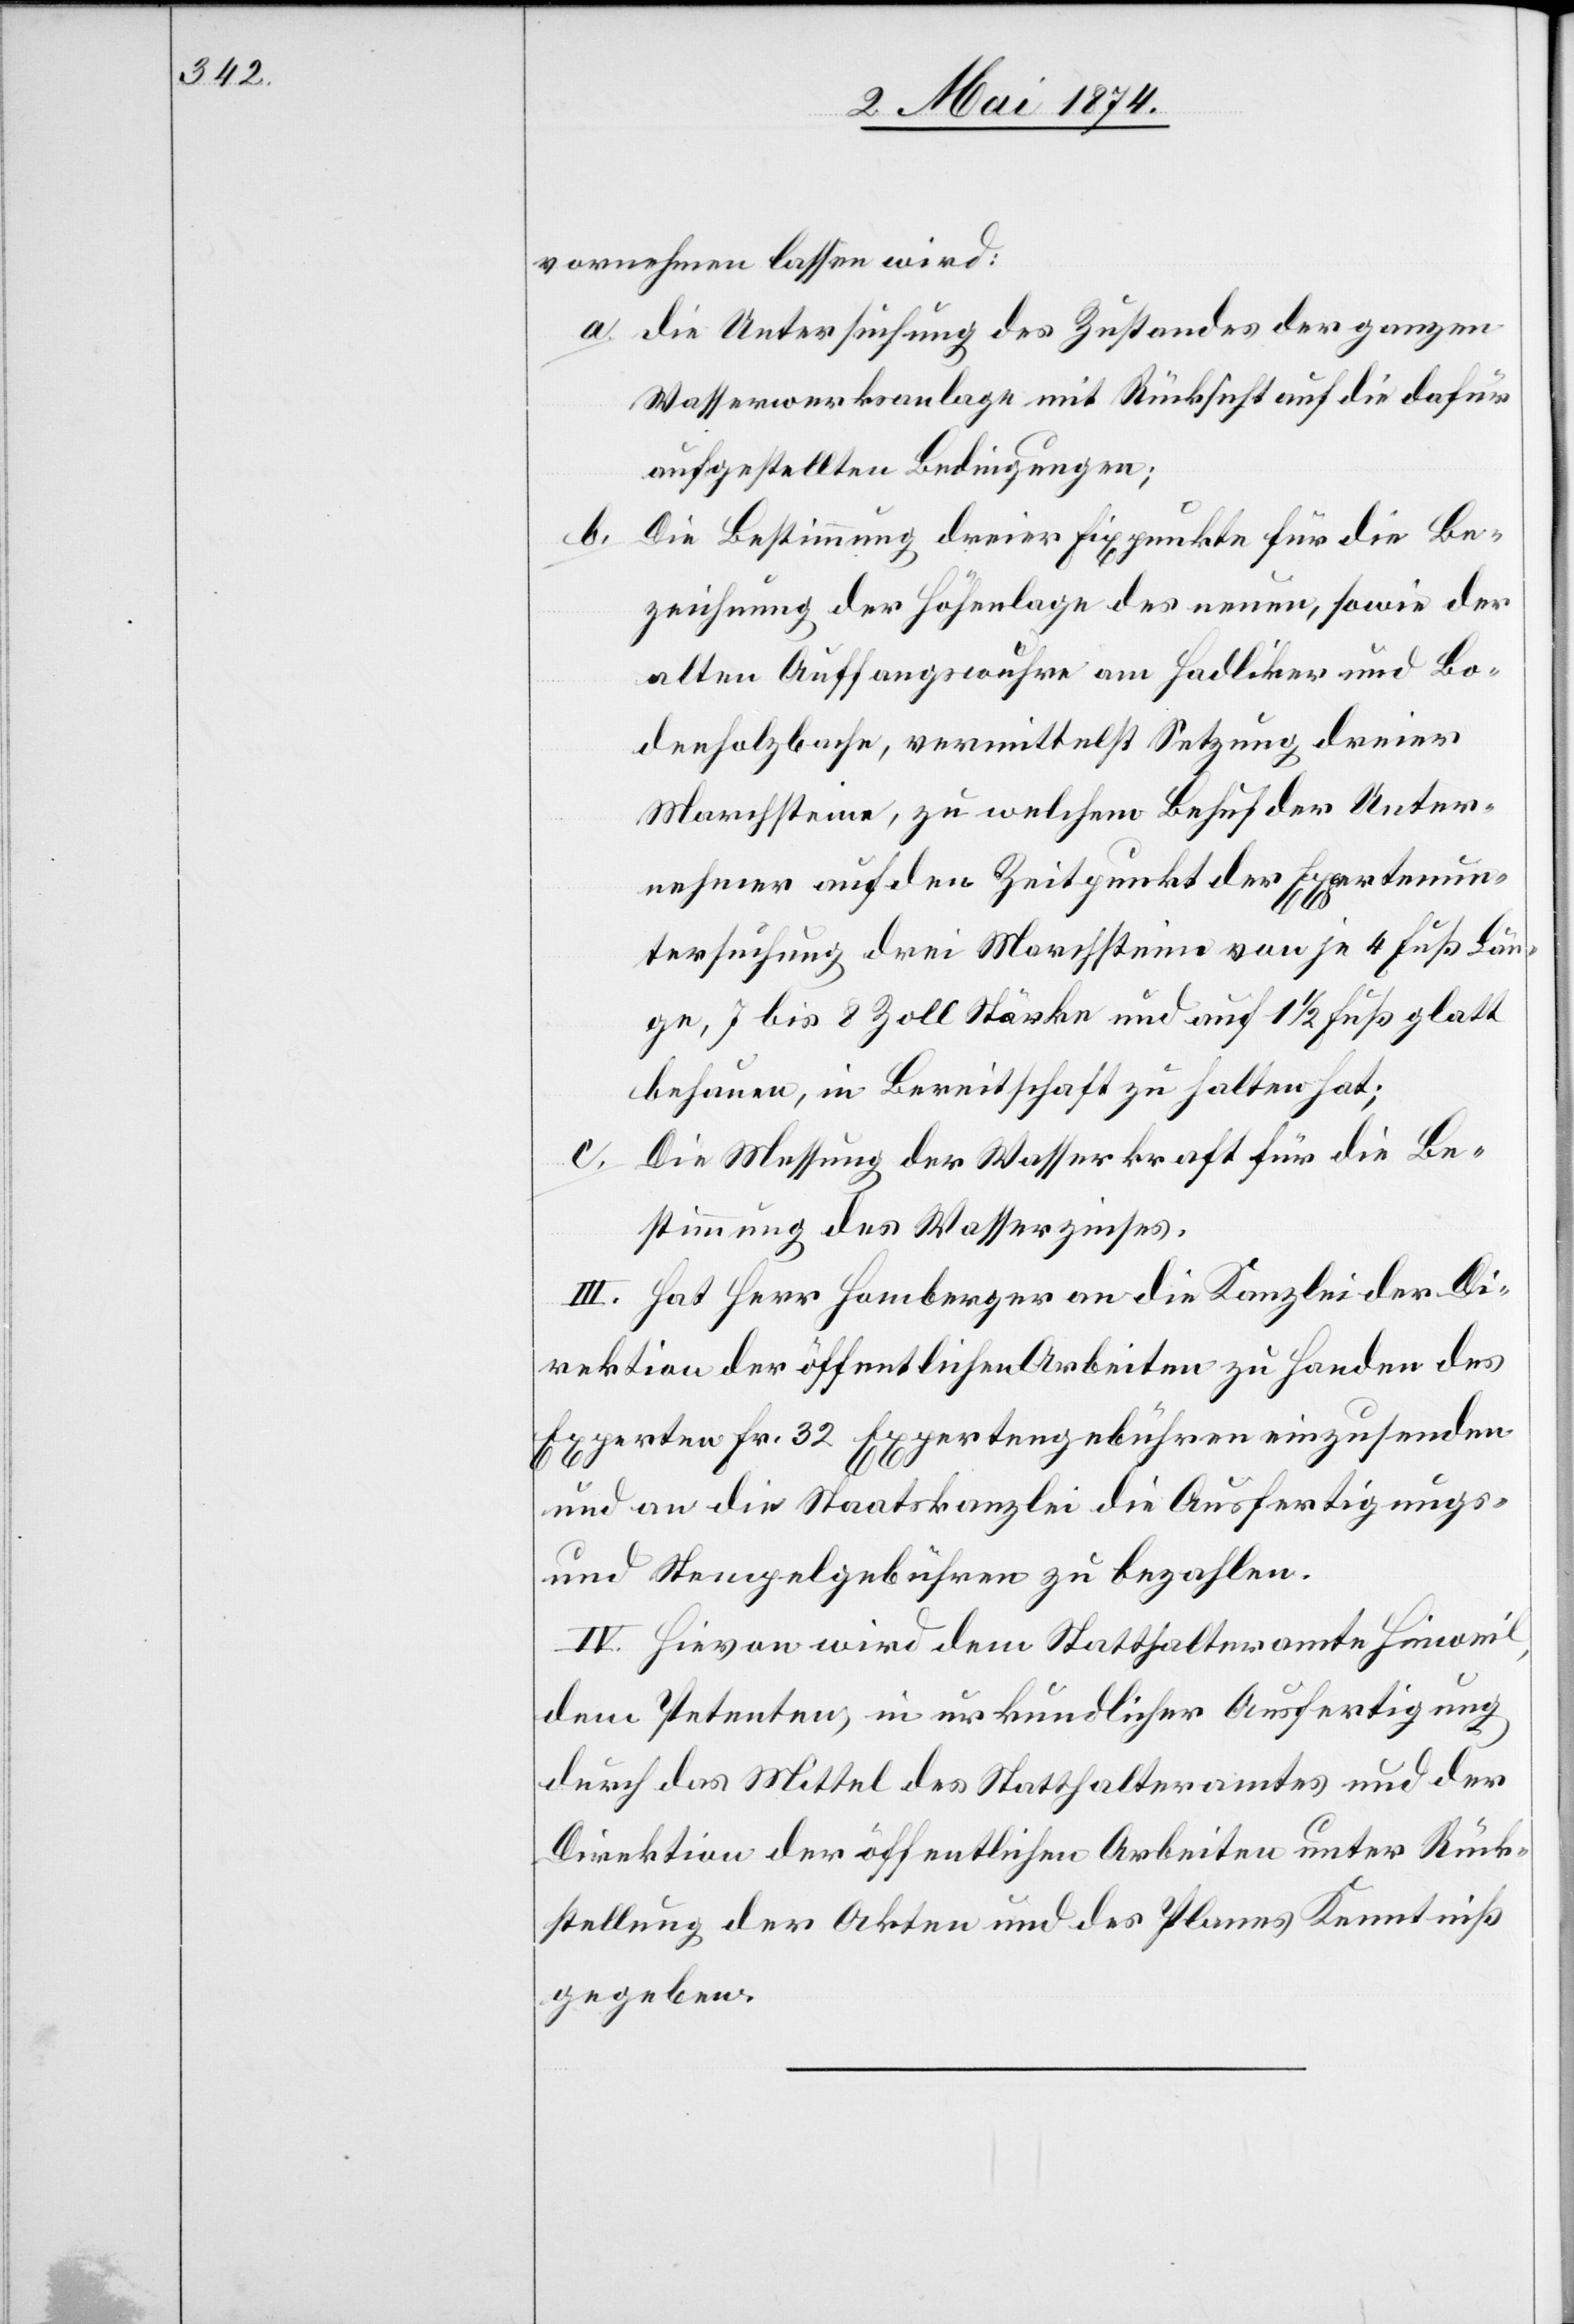
vornehmen lassen wird:
a. die Untersuchung des Zustandes der ganzen
Wasserwerksanlage mit Rücksicht auf die dafür
aufgestellten Beindungen;
b.
Die Bestimmung dreier Fixpunkte für die Be¬
zeichnung der Höhenlage des neuen, sowie der
alten Auffangswuhre am Hadliker und Bo¬
denholzbache, vermittelst Setzung dreier
Marchsteine, zu welchem Behuf der Unter¬
nehmer auf den Zeitpunkt der Expertenun¬
tersuchung drei Marchsteine von je 4 Fuß Län¬
ge, 7 bis 8 Zoll Stärke und auf 1 1/2 Fuß glatt
behauen, in Bereitschaft zu halten hat;
Die Messung der Wasserkraft für die Be¬
stimmung des Wasserzinses.
III. Hat Herr Homberger an die Kanzlei der Di¬
rektion der öffentlichen Arbeiten zu Handen des
Experten Fr. 32 Expertengebühren einzusenden
und an die Staatskanzlei die Ausfertigungs-
und Stempelgebühren z bezahlen.
IV. Hievon wird dem Statthalteramt Hinweil,
dem Petenten, in urkundlicher Ausfertigung
durch das Mittel des Statthalteramtes und der
Direktion der öffentlichen Arbeiten unter Rück¬
stellung der Akten und des Planes Kenntiß
gegeben.